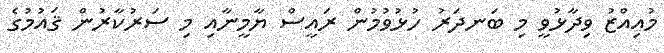
މުއިއްޒު ވިދާޅުވީ މި ބަނދަރު ހުޅުވުމުން ރައީސް ޔާމީނާއި މި ސަރުކާރުން ޤައުމުގެ